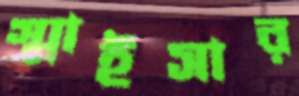
স্মাইসার